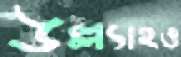
উল্ল্যাহও